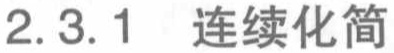
2.3.1 连续化简